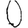
Digit: 0